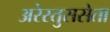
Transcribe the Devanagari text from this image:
अरेस्तुससेता